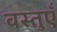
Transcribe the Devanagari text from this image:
वस्‍तुएँ